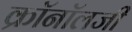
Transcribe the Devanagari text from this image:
क्रॉनॉलजी